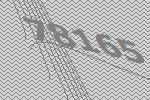
78165